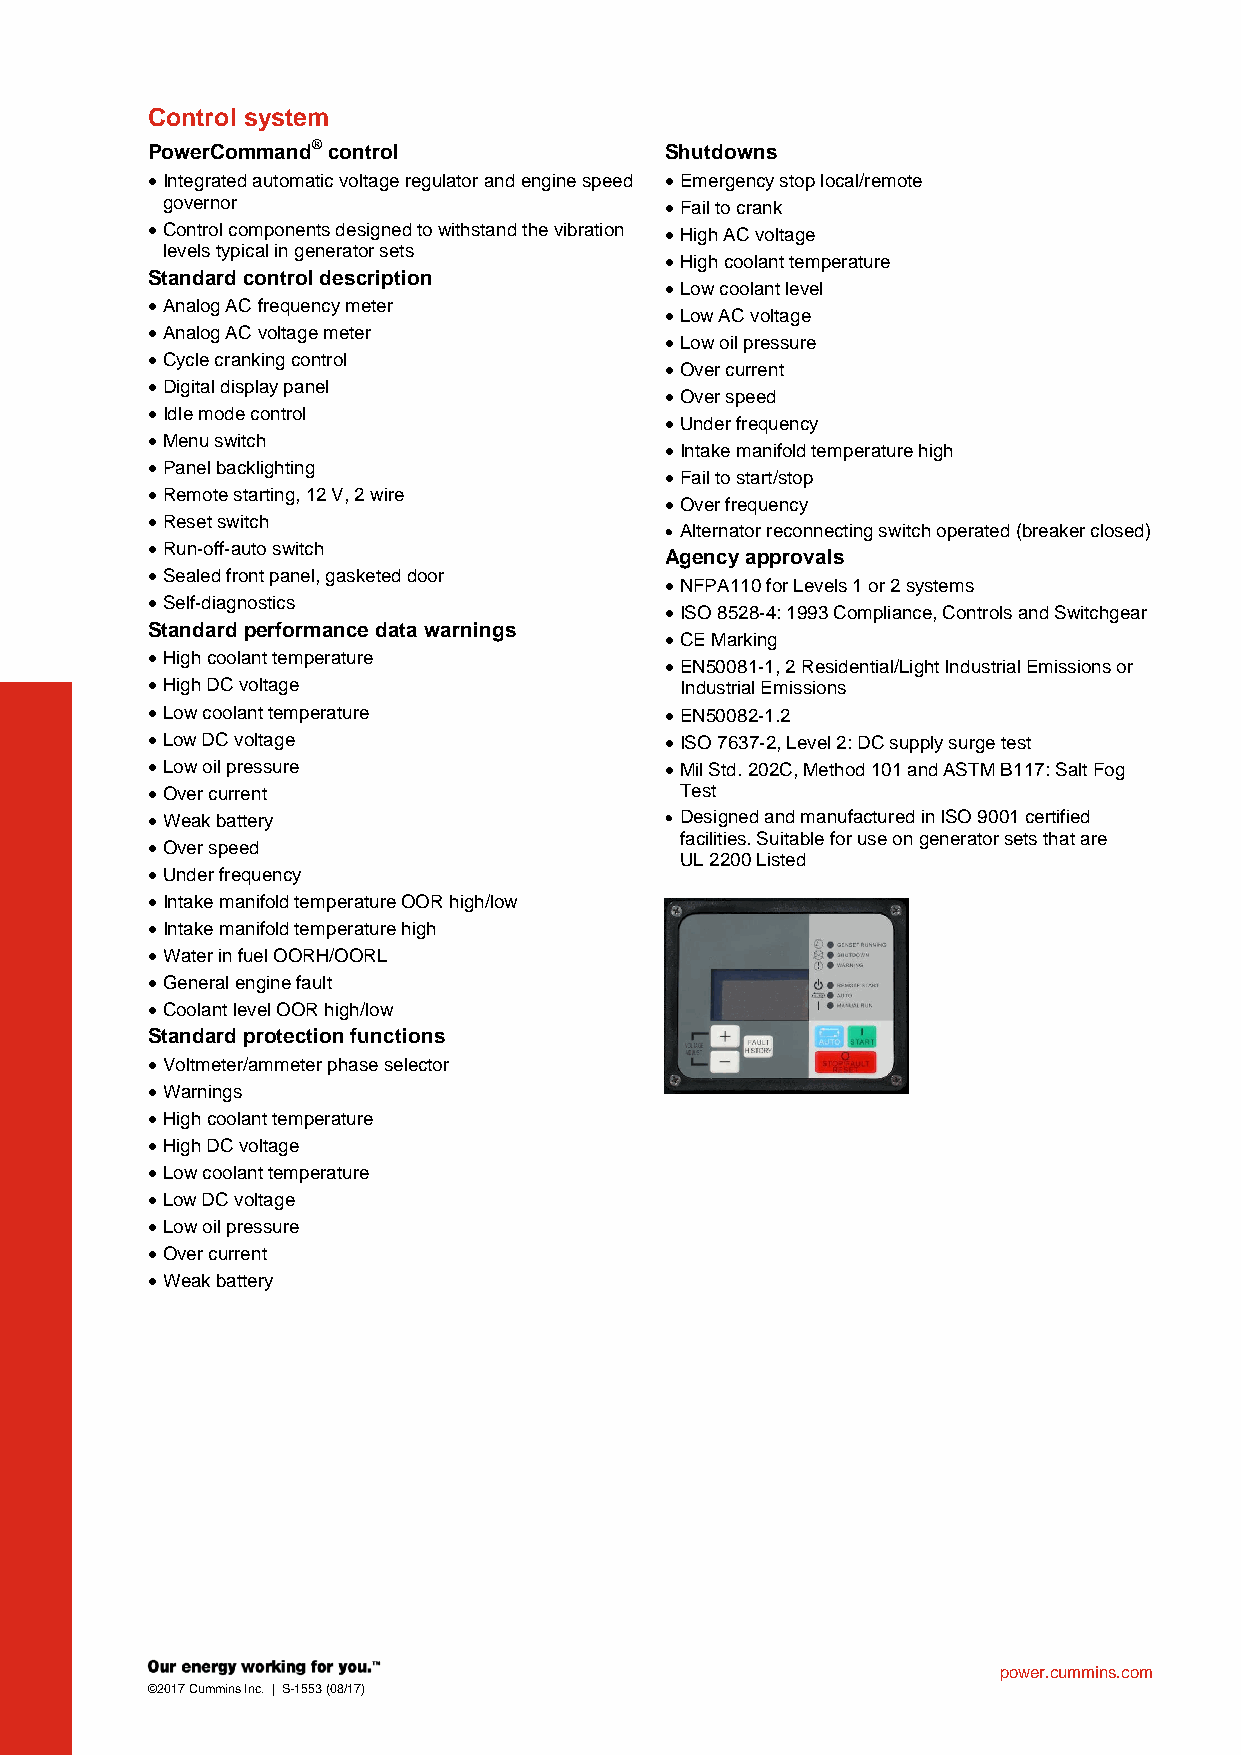
Control system
 PowerCommand® control             Shutdowns
  Integrated automatic voltage regulator and engine speed  Emergency stop local/remote
 governor                          Fail to crank
  Control components designed to withstand the vibration  High AC voltage
 levels typical in generator sets
  High coolant temperature
 Standard control description
  Low coolant level
  Analog AC frequency meter
  Low AC voltage
  Analog AC voltage meter
  Low oil pressure
  Cycle cranking control
  Over current
  Digital display panel
  Over speed
  Idle mode control
  Under frequency
  Menu switch
  Intake manifold temperature high
  Panel backlighting
  Fail to start/stop
  Remote starting, 12 V, 2 wire
  Over frequency
  Reset switch
  Alternator reconnecting switch operated (breaker closed)
  Run-off-auto switch
 Agency approvals
  Sealed front panel, gasketed door
  NFPA110 for Levels 1 or 2 systems
  Self-diagnostics
  ISO 8528-4: 1993 Compliance, Controls and Switchgear
 Standard performance data warnings
  CE Marking
  High coolant temperature
  EN50081-1, 2 Residential/Light Industrial Emissions or
  High DC voltage                  Industrial Emissions
  Low coolant temperature          EN50082-1.2
  Low DC voltage                   ISO 7637-2, Level 2: DC supply surge test
  Low oil pressure                 Mil Std. 202C, Method 101 and ASTM B117: Salt Fog
  Over current                     Test
  Weak battery                     Designed and manufactured in ISO 9001 certified
 facilities. Suitable for use on generator sets that are
  Over speed
 UL 2200 Listed
  Under frequency
  Intake manifold temperature OOR high/low
  Intake manifold temperature high
  Water in fuel OORH/OORL
  General engine fault
  Coolant level OOR high/low
 Standard protection functions
  Voltmeter/ammeter phase selector
  Warnings
  High coolant temperature
  High DC voltage
  Low coolant temperature
  Low DC voltage
  Low oil pressure
  Over current
  Weak battery
 power.cummins.com
 ©2017 Cummins Inc. | S-1553 (08/17)